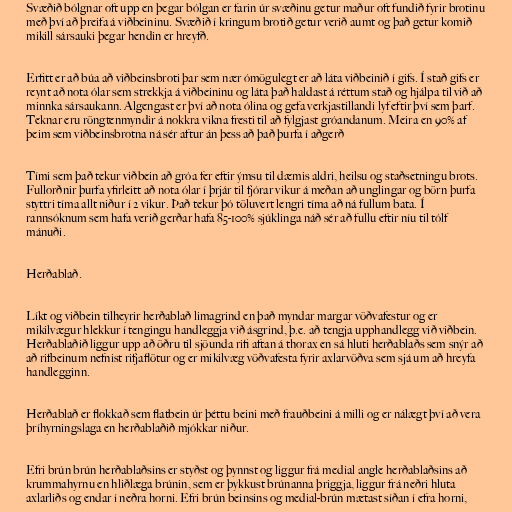
Svæðið bólgnar oft upp en þegar bólgan er farin úr svæðinu getur maður oft fundið fyrir brotinu
með því að þreifa á viðbeininu. Svæðið í kringum brotið getur verið aumt og það getur komið
mikill sársauki þegar hendin er hreyfð.

Erfitt er að búa að viðbeinsbroti þar sem nær ómögulegt er að láta viðbeinið í gifs. Í stað gifs er
reynt að nota ólar sem strekkja á viðbeininu og láta það haldast á réttum stað og hjálpa til við að
minnka sársaukann. Algengast er því að nota ólina og gefa verkjastillandi lyf eftir því sem þarf.
Teknar eru röngtenmyndir á nokkra vikna fresti til að fylgjast gróandanum. Meira en 90% af
þeim sem viðbeinsbrotna ná sér aftur án þess að það þurfa í aðgerð

Tími sem það tekur viðbein að gróa fer eftir ýmsu til dæmis aldri, heilsu og staðsetningu brots.
Fullorðnir þurfa yfirleitt að nota ólar í þrjár til fjórar vikur á meðan að unglingar og börn þurfa
styttri tíma allt niður í 2 vikur. Það tekur þó töluvert lengri tíma að ná fullum bata. Í
rannsóknum sem hafa verið gerðar hafa 85-100% sjúklinga náð sér að fullu eftir níu til tólf
mánuði.

Herðablað.

Líkt og viðbein tilheyrir herðablað limagrind en það myndar margar vöðvafestur og er
mikilvægur hlekkur í tengingu handleggja við ásgrind, þ.e. að tengja upphandlegg við viðbein.
Herðablaðið liggur upp að öðru til sjöunda rifi aftan á thorax en sá hluti herðablaðs sem snýr að
að rifbeinum nefnist rifjaflötur og er mikilvæg vöðvafesta fyrir axlarvöðva sem sjá um að hreyfa
handlegginn.

Herðablað er flokkað sem flatbein úr þéttu beini með frauðbeini á milli og er nálægt því að vera
þríhyrningslaga en herðablaðið mjókkar niður.

Efri brún brún herðablaðsins er styðst og þynnst og liggur frá medial angle herðablaðsins að
krummahyrnu en hliðlæga brúnin, sem er þykkust brúnanna þriggja, liggur frá neðri hluta
axlarliðs og endar í neðra horni. Efri brún beinsins og medial-brún mætast síðan í efra horni,